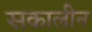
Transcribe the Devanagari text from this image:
सकालीन